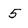
Character: 5